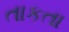
તાકતા